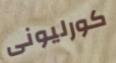
كورليونى